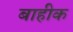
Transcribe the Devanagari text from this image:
बाहीक